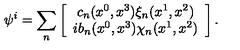
\psi ^ { i } = \sum _ { n } \left[ \begin{array} { c } { c _ { n } ( x ^ { 0 } , x ^ { 3 } ) \xi _ { n } ( x ^ { 1 } , x ^ { 2 } ) } \\ { i b _ { n } ( x ^ { 0 } , x ^ { 3 } ) \chi _ { n } ( x ^ { 1 } , x ^ { 2 } ) } \\ \end{array} \right] .